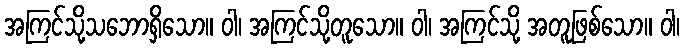
အကြင်သို့သဘောရှိသော။ ဝါ၊ အကြင်သို့တူသော။ ဝါ၊ အကြင်သို့ အတူဖြစ်သော။ ဝါ၊